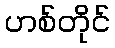
ဟစ်တိုင်